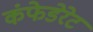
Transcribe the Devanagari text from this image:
कंफेडेरेट